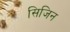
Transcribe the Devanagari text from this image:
सिजिन